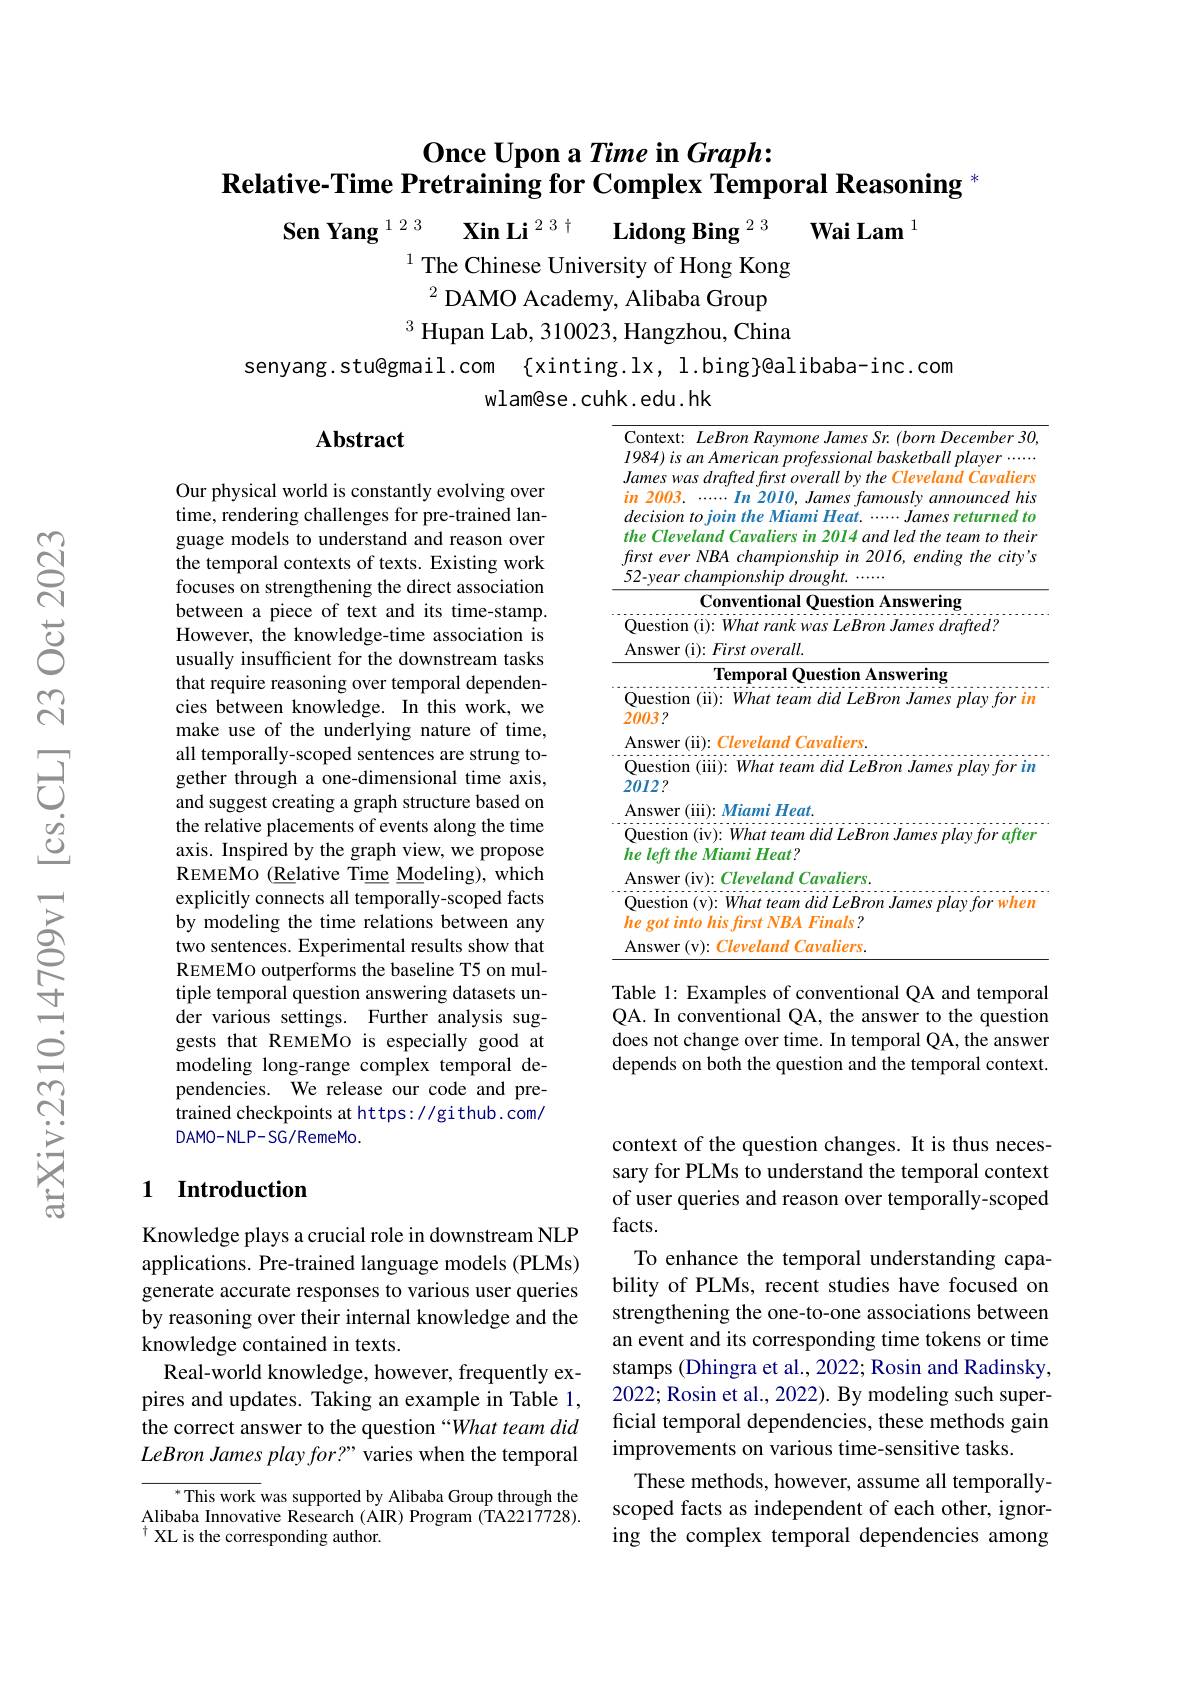
## $\textbf{Once Upon a Time in Graph: }$ $\textbf{Relative-Time Pretraining for Complex Temporal Reasoning}^{*}$

Sen Yang$^{123}$ Xin Li$^{23\dagger}$ Lidong Bing$^{23}$ Wai Lam$^{1}$
$^{1}$ The Chinese University of Hong Kong
$^2$ DAMO Academy, Alibaba Group
$^{3}$ Hupan Lab, 310023, Hangzhou, China
senyang.stu@gmail.com {xinting.lx,l.bing}@alibaba-inc.com

wlam@se.cuhk.edu.hk

## Abstract

${\overline{\text{Context: LeBron Raymone James Sr.(born December 30,}}}$
$l984)isanAmericanprofessionalbasketballplayer\cdots$ James was drafted first overall by the Cleveland Cavaliers $in$ 2003. .......In 2010, James famously announced his
<table>
	<tbody>
		<tr>
			<td> </td>
			<td>$Cleveland\textit{ Cavaliers in 2014}$ $4and\textit{led the team to thein}$ $t$ ever NBA championship in 2016, ending the city's $yearchampionshipdrought.$</td>
		</tr>
		<tr>
			<td> </td>
			<td>lemporal Question Answering estion (ii): What team did LeBron James play for in 137</td>
		</tr>
		<tr>
			<td> </td>
			<td>swer (in): Miami Heat. estion (iv): What team did LeBron James play for after left the Miami Heat?</td>
		</tr>
	</tbody>
</table>

Table 1: Examples of conventional QA and temporal

Our physical world is constantly evolving over time, rendering challenges for pre-trained language models to understand and reason over the temporal contexts of texts. Existing work focuses on strengthening the direct association between a piece of text and its time-stamp. However, the knowledge-time association is usually insufficient for the downstream tasks that require reasoning over temporal dependencies between knowledge. In this work, we make use of the underlying nature of time, all temporally-scoped sentences are strung together through a one-dimensional time axis, and suggest creating a graph structure based on the relative placements of events along the time axis. Inspired by the graph view, we propose REMEMO (Relative Time Modeling), which explicitly connects all temporally-scoped facts by modeling the time relations between any two sentences. Experimental results show that REMEMO outperforms the baseline T5 on multiple temporal question answering datasets under various settings. Further analysis suggests that REMEMO is especially good at modeling long-range complex temporal dependencies. We release our code and pretrained checkpoints at https://github.com/ DAMO-NLP-SG/RemeMo.

QA. In conventional QA, the answer to the question does not change over time. In temporal QA, the answer depends on both the question and the temporal context.

### 1 Introduction

context of the question changes. It is thus necessary for PLMs to understand the temporal context of user queries and reason over temporally-scoped facts.
To enhance the temporal understanding capability of PLMs, recent studies have focused on strengthening the one-to-one associations between an event and its corresponding time tokens or time stamps (Dhingra et al., 2022; Rosin and Radinsky, 2022; Rosin et al., 2022). By modeling such superficial temporal dependencies, these methods gain improvements on various time-sensitive tasks.
These methods, however, assume all temporallyscoped facts as independent of each other, ignoring the complex temporal dependencies among

Knowledge plays a crucial role in downstream NLP applications. Pre-trained language models (PLMs) generate accurate responses to various user queries by reasoning over their internal knowledge and the knowledge contained in texts.
Real-world knowledge, however, frequently expires and updates. Taking an example in Table 1, the correct answer to the question “What team did LeBron James play for?” varies when the temporal

$^*$This work was supported by Alibaba Group through the Alibaba Innovative Research (AIR) Program (TA2217728). $^{\dagger}$XL is the corresponding author.